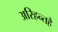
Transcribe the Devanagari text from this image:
अरिहन्तहै